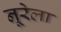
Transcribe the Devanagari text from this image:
नूरेला